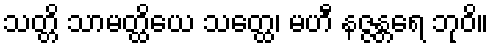
သတ္တိ သာမတ္ထိယေ သတ္ထေ၊ မဟီ နဇ္ဇန္တရေ ဘုဝိ။